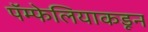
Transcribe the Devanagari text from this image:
पॅम्फेलियाकडून